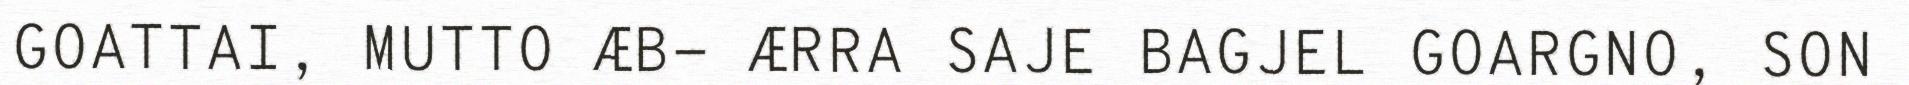
GOATTAI, MUTTO ÆB- ÆRRA SAJE BAGJEL GOARGNO, SON